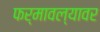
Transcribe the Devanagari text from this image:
फर्मावल्यावर